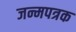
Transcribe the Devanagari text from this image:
जन्मपत्रक